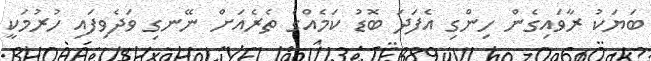
ބަޔަކު ރާވައިގެން ހިންގި އެފަދަ ބޮޑު ކަމެއްގެ ތެރެއަށް ނޭނގި ވަދެވިފައި ހުރުމަކީ